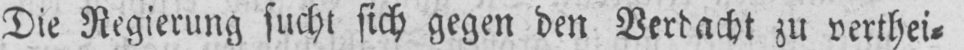
Die Regierung sucht sich gegen den Verdacht zu verthei⸗